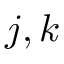
j , k